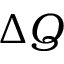
\Delta Q